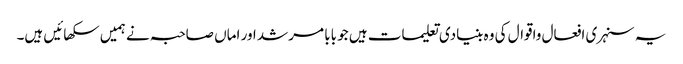
یہ سنہری افعال واقوال کی وہ بنیادی تعلیمات ہیں جو بابا مرشد اور اماں صاحبہ نے ہمیں سکھائیں ہیں۔